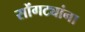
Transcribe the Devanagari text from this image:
सोंगट्यांना